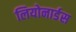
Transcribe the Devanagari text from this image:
लियोनार्डस